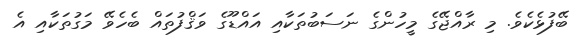
ބޭފުޅެކެވެ. މި ރާއްޖޭގެ މީހުންގެ ނަސަބުތަކާއި އައްޑޫގެ ވަޤްފުތައް ބެހެވޭ މަގުތަކާއި އެ